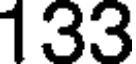
133